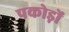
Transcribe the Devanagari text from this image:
पकोड़ों